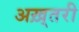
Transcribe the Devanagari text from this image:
अख़्तरी